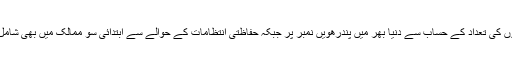
ہم مریضوں کی تعداد کے حساب سے دنیا بھر میں پندرھویں نمبر پر جبکہ حفاظتی انتظامات کے حوالے سے ابتدائی سو ممالک میں بھی شامل نہیں ہیں۔